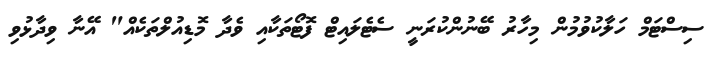
ސިސްޓަމް ހަލާކުވުމުން މިހާރު ބޭނުންކުރަނީ ސެޓެލައިޓް ފޮޓޯތަކާއި ވެދާ މޮޑިއުލްތަކެއް" އޭނާ ވިދާޅުވި